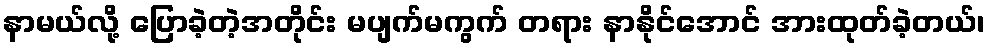
နာမယ်လို့ ပြောခဲ့တဲ့အတိုင်း မပျက်မကွက် တရား နာနိုင်အောင် အားထုတ်ခဲ့တယ်၊